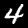
Digit: 4